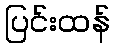
ပြင်းထန်